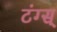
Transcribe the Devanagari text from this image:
टंग्स्